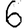
Digit: 6